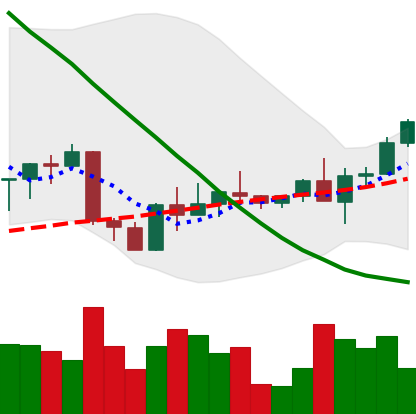
Ticker: ETH-USD
Chart end date: 2022-09-10
Forward return: -17.144%
Label: down_7plus